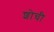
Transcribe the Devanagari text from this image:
शोची